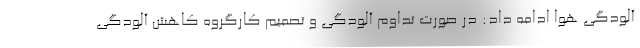
آلودگی هوا ادامه داد: در صورت تداوم آلودگی و تصمیم کارگروه کاهش آلودگی